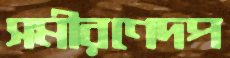
সমীরণেদপ